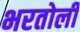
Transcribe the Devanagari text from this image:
भरतोली